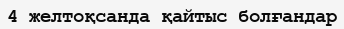
4 желтоқсанда қайтыс болғандар